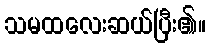
သမထလေးဆယ်ပြီး၏။